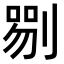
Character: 𠞍